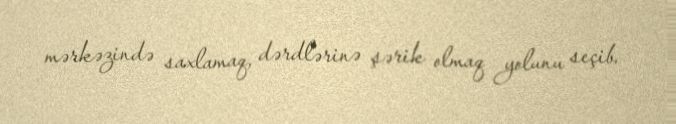
mərkəzində saxlamaq, dərdlərinə şərik olmaq yolunu seçib.